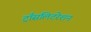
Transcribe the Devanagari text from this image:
ट्राँसलिटरेशन